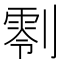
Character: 𠟨